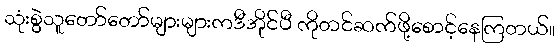
သုံးစွဲသူတော်တော်များများကဒီအိုင်ပီ ကိုတင်ဆက်ဖို့စောင့်နေကြတယ်။